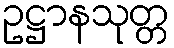
ဥဋ္ဌာနသုတ္တ